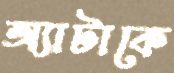
অ্যাটাকে